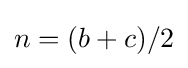
n=(b+c)/2